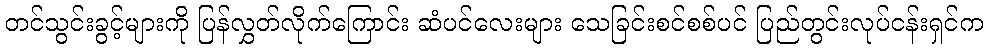
တင်သွင်းခွင့်များကို ပြန်လွှတ်လိုက်ကြောင်း ဆံပင်လေးများ သေခြင်းစင်စစ်ပင် ပြည်တွင်းလုပ်ငန်းရှင်က